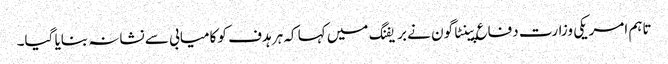
تاہم امریکی وزارت دفاع پینٹاگون نے بریفنگ میں کہا کہ ہر ہدف کو کامیابی سے نشانہ بنایا گیا۔